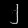
Digit: ၂